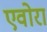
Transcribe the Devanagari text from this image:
एवोरा